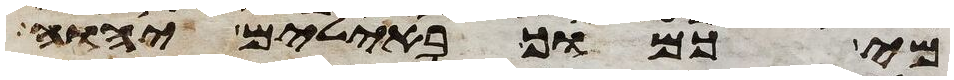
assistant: מי כמוך באלים יהוה